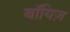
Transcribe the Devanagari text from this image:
बॉयिज़